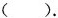
（）.